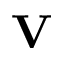
\mathbf { V }